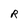
Character: R